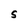
Character: S